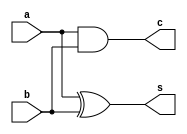
//---------------------
//-- Guia_06
//-- Nome: Jnior
//-- Matricula: 405807
//---------------------

//Exerccio 01
//meia-soma normal
module halfadder(s, c, a, b);
	input  a, b;//variaveis
	output s, c;//s = saida, c = cout
	
	xor XOR1 (s, a, b);
	and AND1 (c, a, b);
	
endmodule 

//soma-completa
module fulladder (s,cout,cin,a,b);
	input  cin, a, b;
	output s, cout;
	
	wire s10,s11,s21;
	
	halfadder HALF1 (s10,s11,a,b);
	halfadder HALF2 (s,s21,cin,s10);
	or 		 OR1   (cout,s11,s21);
	
endmodule

//compara se  igual
module equalcomp (s,op,a,b);
	input  	   op;
	input[3:0] a, b;
	
	output     s;
	
	wire x1,x2,x3,x4,
		 o1,
		 a1,a2,
		 n1,n2;
	
	xor (x1,a[0],b[0]);
	xor (x2,a[1],b[1]);
	xor (x3,a[2],b[2]);
	xor (x4,a[3],b[3]);
	
	or  (o1,x1,x2,x3,x4);
	
	not (n1,o1);
	not (n2,op);
	
	and (a1,n1,op);
	and (a2,n2,o1);
	
	or  (s,a1,a2);
endmodule

//ex01
module ex01 ( s, c, a, b, op );
	output c;
	input  op;
	
	output[4:0] s;
	input[3:0]  a, b;
	
	wire cout1,cout2,cout3,cout4;
	
	halfadder HALF1 (s[0],cout1,a[0],b[0]);
	fulladder FULL1 (s[1],cout2,cout1,a[1],b[1]);
	fulladder FULL2 (s[2],cout3,cout2,a[2],b[2]);
	fulladder FULL3 (s[3],s[4],cout3,a[2],b[2]);
	
	equalcomp EQUALCOMP (c,op,a,b);
	
endmodule

//Exerccio 02
//meia-subtrao normal
module halfsub (s, bout, a, b);
	input  a, b;
	output s, bout;
	
	wire s0, na;
	
	xor XOR1 (   s, a, b);
	not NOT1 (  na, a);
	and AND1 (bout,na, b);
	
endmodule

//subtrao completa
module fullsub (s0, s1, bin, a, b);
	input  bin, a, b;
	output s0, s1;
	
	wire s2,
		 bout0, bout1;
	
	halfsub SUB1 (s2,bout0, a,  b);
	halfsub SUB2 (s0,bout1,s2,bin);
	or      OR1  (s1,bout0, bout1);

endmodule

//compara maior e menor
module comp (ab,ba,a,b);
	output ab,ba;
	input[3:0] a,b;
	
	wire na0,na1,na2,na3,nb0,nb1,nb2,nb3,
		 a1,a2,a3,a4,a5,a6,a7,a8,a9,a10,a11,a12,a13,a14,
		 no1,no2,no3,no4,
		 o1,o2;
	
	not NOT1 (na0,a[0]);
	not NOT2 (na1,a[1]);
	not NOT3 (na2,a[2]);
	not NOT4 (na3,a[3]);
	not NOT5 (nb0,b[0]);
	not NOT6 (nb1,b[1]);
	not NOT7 (nb2,b[2]);
	not NOT8 (nb3,b[3]);
	
	and AND1  (a1,na0,b0);
	and AND2  (a2,a0,nb0);
	and AND3  (a3,na1,b1);
	and AND4  (a4,a1,nb1);
	and AND5  (a5,na2,b2);
	and AND6  (a6,a2,nb2);
	and AND7  (a7,na3,b3);
	and AND8  (a8,a3,nb3);
	
	nor NOR1 (no1,a1,a2);
	nor NOR2 (no2,a3,a4);
	nor NOR3 (no3,a5,a6);
	nor NOR4 (no4,a7,a8);
	
	and AND9  ( a9,no1,a3);
	and AND10 (a10,na0,a4);
	and AND11 (a11,no2,no1,a5);
	and AND12 (a12,no2,no1,a6);
	and AND13 (a13,no3,no2,no1);
	and AND14 (a14,no3,no2,no1);
	
	or OR1 (ab,a14,a12,a10,a2);
	or OR2 (ba,a1,a9,a11,a13);

endmodule

module ex02 ( s, ab, ba, a, b );//ab = a > b e vice-versa
	output ab, ba;

	output[4:0] s;
	input[3:0]  a, b;
	
	wire out1,out2,out3;
	
	halfsub HALF1 (s[0],out1,a[0],b[0]);
	
	fullsub FULL1 (s[1],out2,out1,a[1],b[1]);
	fullsub FULL2 (s[2],out3,out2,a[2],b[2]);
	fullsub FULL3 (s[3],s[4],out3,a[3],b[3]);
	
	comp COMP1 (ab,ba,a,b);
	
endmodule

//Exerccio 03
//mostra carry e overflow
module carryover ( c, o, a, b );
	input[3:0] a, b;
	output c, o;
	
	wire[4:0] s;
	
	halfadder HALF1 (s[0],cout1,a[0],b[0]);
	fulladder FULL1 (s[1],cout2,cout1,a[1],b[1]);
	fulladder FULL2 (s[2],cout3,cout2,a[2],b[2]);
	fulladder FULL3 (s[3],s[4],cout3,a[2],b[2]);
	
	wire n;
	
	or  OR1  (o,cout1,cout2,cout3,s[4]);
	
	not NOT1 (n,s[2]);
	and AND1 (o,n,s[4]);
endmodule

//mostra se  zero ou no
module zero ( z, a );
	output z;
	input[3:0] a;
	
	nor NOR1 ( z, a[0],a[1],a[2],a[3]);
endmodule

//mdulo do ex03
module ex03 ( z, c, o, a, b );
	input[3:0] a, b;
	output z, c, o;
	
	wire z1,z2;
	
	zero ZERO1 (z1, a);
	zero ZERO2 (z2, b);
	
	and AND1 (z,z1,z2);
	
	carryover CARRYOVER ( c, o, a, b );

endmodule

//mdulo de teste
module testes;

	reg[3:0] a, b;
	reg op;
	
	wire c1,
		 ab, ba,
		 z, c2, o;
	
	wire[4:0] s1,s2;
	
	ex01 EX1 ( s1, c, a, b, op );
	ex02 EX2 ( s2, ab, ba, a, b );
	ex03 EX3 ( z, c, o, a, b );

	initial begin
		#1 $display("ULA completa");
		   a = 5; b = 4; op = 0;
		#1 $monitor("a = %4b e b = %4b // soma: %5b, op: %b igual: %b // subtracao: %5b, a<b: %b, a>b %b // zero: %b, carry: %b, overflow: %b",a, b,s1,op,c1,s2,ab,ba,z,c2,o);
		#1 a = 2; b = 3; op = 0;
		#1 a = -2; b = 3; op = 1;
		#1 a = -6; b = -13; op = 1;
		#1 a = 12; b = 10; op = 1;
	end
endmodule